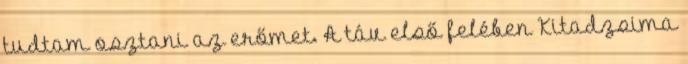
tudtam osztani az erőmet. A táv első felében Kitadzsima